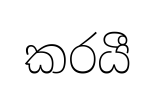
කරයී